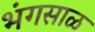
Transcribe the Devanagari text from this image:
भंगसाळ